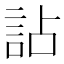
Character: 詀